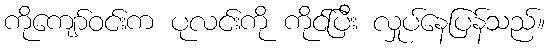
ကိုကျော်ဝင်းက ပုလင်းကို ကိုင်ပြီး လှုပ်နေပြန်သည်။